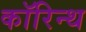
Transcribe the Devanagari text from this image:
कॉरिन्थ